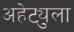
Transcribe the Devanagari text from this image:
अहेट्युला